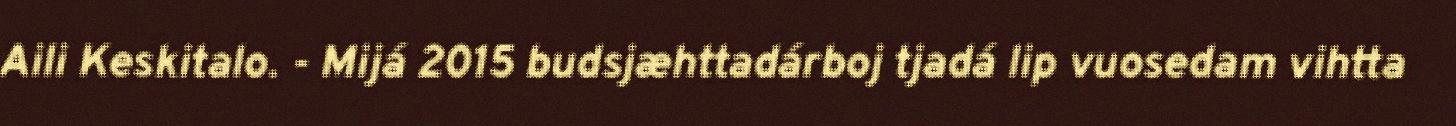
Aili Keskitalo. - Mijá 2015 budsjæhttadárboj tjadá lip vuosedam vihtta